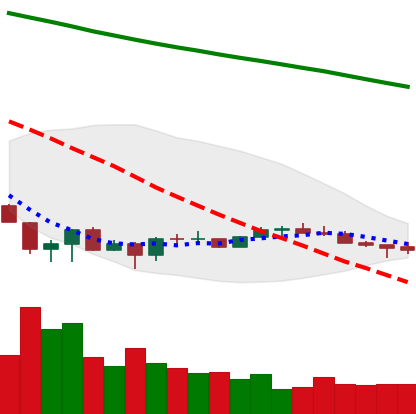
Ticker: EOS-USD
Chart end date: 2022-07-01
Forward return: 9.809%
Label: up_7plus